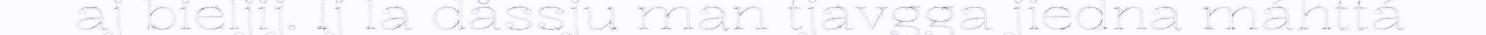
aj bieljij. Ij la dåssju man tjavgga jiedna máhttá